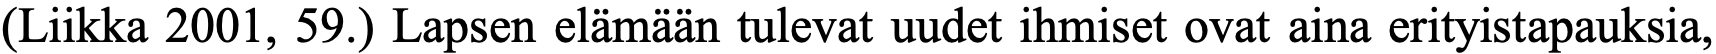
(Liikka 2001, 59.) Lapsen elämään tulevat uudet ihmiset ovat aina erityistapauksia,